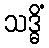
သဒ္ဓိံ